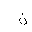
Letter: _non